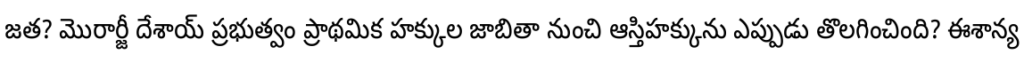
జత? మొరార్జీ దేశాయ్ ప్రభుత్వం ప్రాథమిక హక్కుల జాబితా నుంచి ఆస్తిహక్కును ఎప్పుడు తొలగించింది? ఈశాన్య